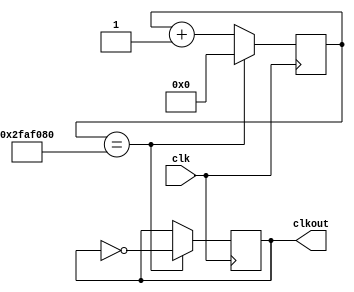
`timescale 1ns / 1ps
//////////////////////////////////////////////////////////////////////////////////
// Company: 
// Engineer: 
// 
// Design Name: 
// Module Name: Clock_devider
// Project Name: 
// Target Devices: 
// Tool Versions: 
// Description: 
// 
// Dependencies: 
// 
// Revision:
// Revision 0.01 - File Created
// Additional Comments:
// 
//////////////////////////////////////////////////////////////////////////////////


module Clock_devider(
    input clk,
    output reg clkout
    );
    reg [25:0] count ;
    always@(negedge clk)
    begin
    count <= count + 1 ;
    if(count == 50000000)
    begin
    clkout <= ~clkout ; 
    count<=0 ;
    end
    end
endmodule